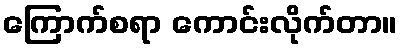
ကြောက်စရာ ကောင်းလိုက်တာ။